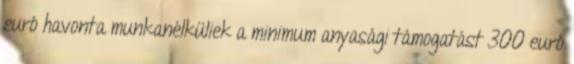
euró havonta munkanélküliek a minimum anyasági támogatást 300 euró